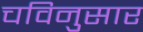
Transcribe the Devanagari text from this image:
चविनुसार